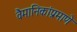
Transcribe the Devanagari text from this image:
वैमानिकांप्रमाणे